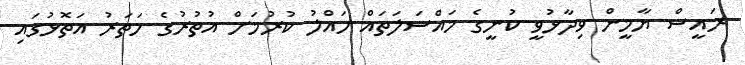
ރައީސް ޔާމީން ވިދާޅުވީ ކުނީގެ މައްސަލަތައް ހައްލު ކުރުމަށް އުތުރުގެ ހަތަރު އަތޮޅުގައި